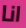
انا